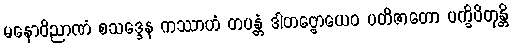
မနောဝိညာဏံ စသဒ္ဒေန ကဿာဟံ တပန္တံ ဒါတဗ္ဗောယေဝ ပတိဇာတော ပက္ခိပိတုန္တိ